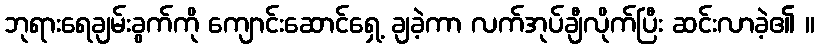
ဘုရားရေချမ်းခွက်ကို ကျောင်းဆောင်ရှေ့ ချခဲ့ကာ လက်အုပ်ချီလိုက်ပြီး ဆင်းလာခဲ့၏ ။